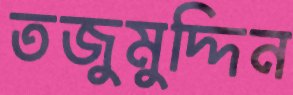
তজুমুদ্দিন